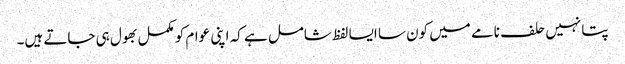
پتا نہیں حلف نامے میں کون سا ایسا لفظ شامل ہے کہ اپنی عوام کو مکمل بھول ہی جاتے ہیں۔